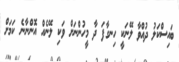
ބައިސްކަލު ދުއްވާ ލޭނަކީ ހިނގާފަ ދާ މީހުންނަށް ވަކި ލޭނެއް އޮންނާނެ ކަަމަށް